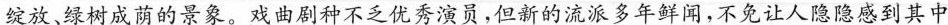
绽放，绿树成荫的景象。戏曲剧种不乏优秀演员，但新的流派多年鲜闻，不免让人隐隐感到其中